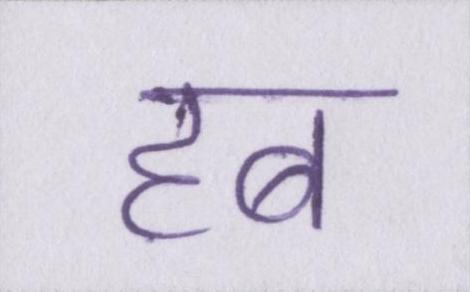
हब